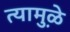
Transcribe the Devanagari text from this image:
त्यामु़ळे